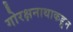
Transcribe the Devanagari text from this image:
गोरक्षनाथाकडून